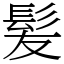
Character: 髪